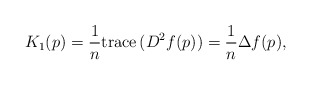
\begin{align*} K_1(p)=\frac{1}{n}{\rm trace}\,(D^2f(p))=\frac{1}{n}\Delta f(p),\end{align*}